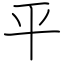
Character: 平